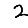
Digit: 2